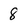
Character: 8